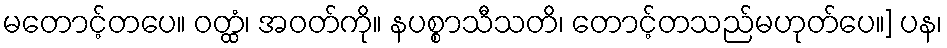
မတောင့်တပေ။ ဝတ္ထံ၊ အဝတ်ကို။ နပစ္စာသီသတိ၊ တောင့်တသည်မဟုတ်ပေ။] ပန၊